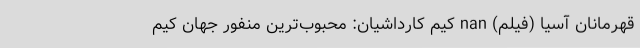
قهرمانان آسیا (فیلم) nan کیم کارداشیان: محبوب‌ترین منفور جهان کیم